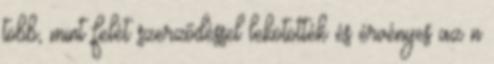
több, mint felét szerződéssel lekötötték és érvényes az n